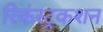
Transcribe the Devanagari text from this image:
रिकंस्ट्रकशन